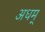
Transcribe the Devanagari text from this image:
अधम्